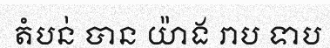
តំបន់ បាន យ៉ាង រាប ទាប